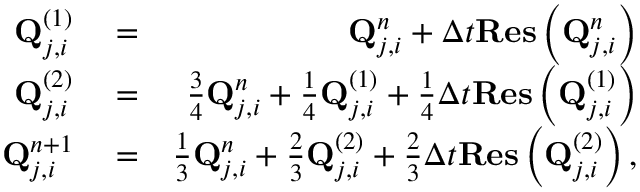
\begin{array} { r l r } { \mathbf { Q } _ { j , i } ^ { ( 1 ) } } & { { } = } & { \mathbf { Q } _ { j , i } ^ { n } + \Delta t \mathbf { R e s } \left( \mathbf { Q } _ { j , i } ^ { n } \right) } \\ { \mathbf { Q } _ { j , i } ^ { ( 2 ) } } & { { } = } & { \frac { 3 } { 4 } \mathbf { Q } _ { j , i } ^ { n } + \frac { 1 } { 4 } \mathbf { Q } _ { j , i } ^ { ( 1 ) } + \frac { 1 } { 4 } \Delta t \mathbf { R e s } \left( \mathbf { Q } _ { j , i } ^ { ( 1 ) } \right) } \\ { \mathbf { Q } _ { j , i } ^ { n + 1 } } & { { } = } & { \frac { 1 } { 3 } \mathbf { Q } _ { j , i } ^ { n } + \frac { 2 } { 3 } \mathbf { Q } _ { j , i } ^ { ( 2 ) } + \frac { 2 } { 3 } \Delta t \mathbf { R e s } \left( \mathbf { Q } _ { j , i } ^ { ( 2 ) } \right) , } \end{array}